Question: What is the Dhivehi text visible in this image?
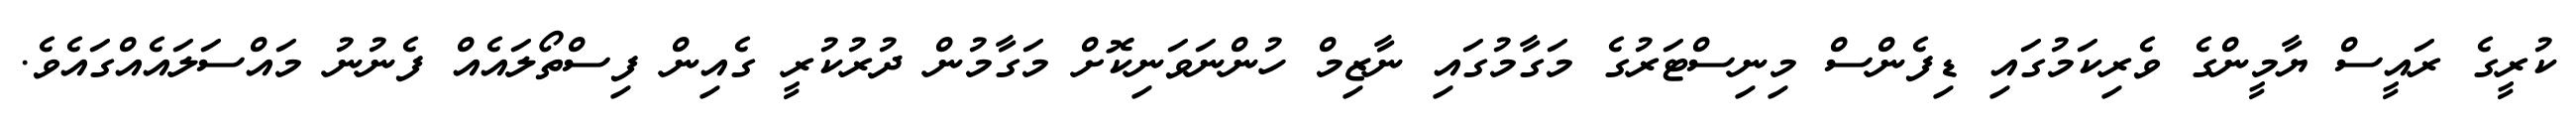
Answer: ކުރީގެ ރައީސް ޔާމީންގެ ވެރިކަމުގައި ޑިފެންސް މިނިސްޓަރުގެ މަގާމުގައި ނާޒިމް ހުންނަވަނިކޮށް މަގާމުން ދުރުކުރީ ގެއިން ފިސްތޯލައެއް ފެނުނު މައްސަލައެއްގައެވެ.